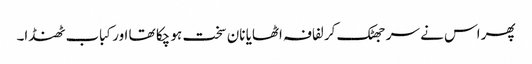
پھر اس نے سر جھٹک کر لفافہ اٹھایا نان سخت ہو چکا تھا اور کباب ٹھنڈا۔